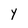
Character: Y